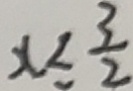
x \leq \frac { 3 } { 2 }